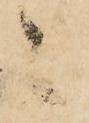
々